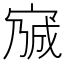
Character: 𡩍